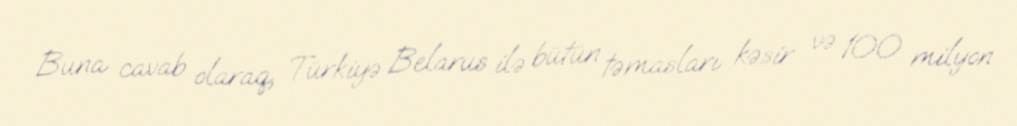
Buna cavab olaraq, Türkiyə Belarus ilə bütün təmasları kəsir və 100 milyon